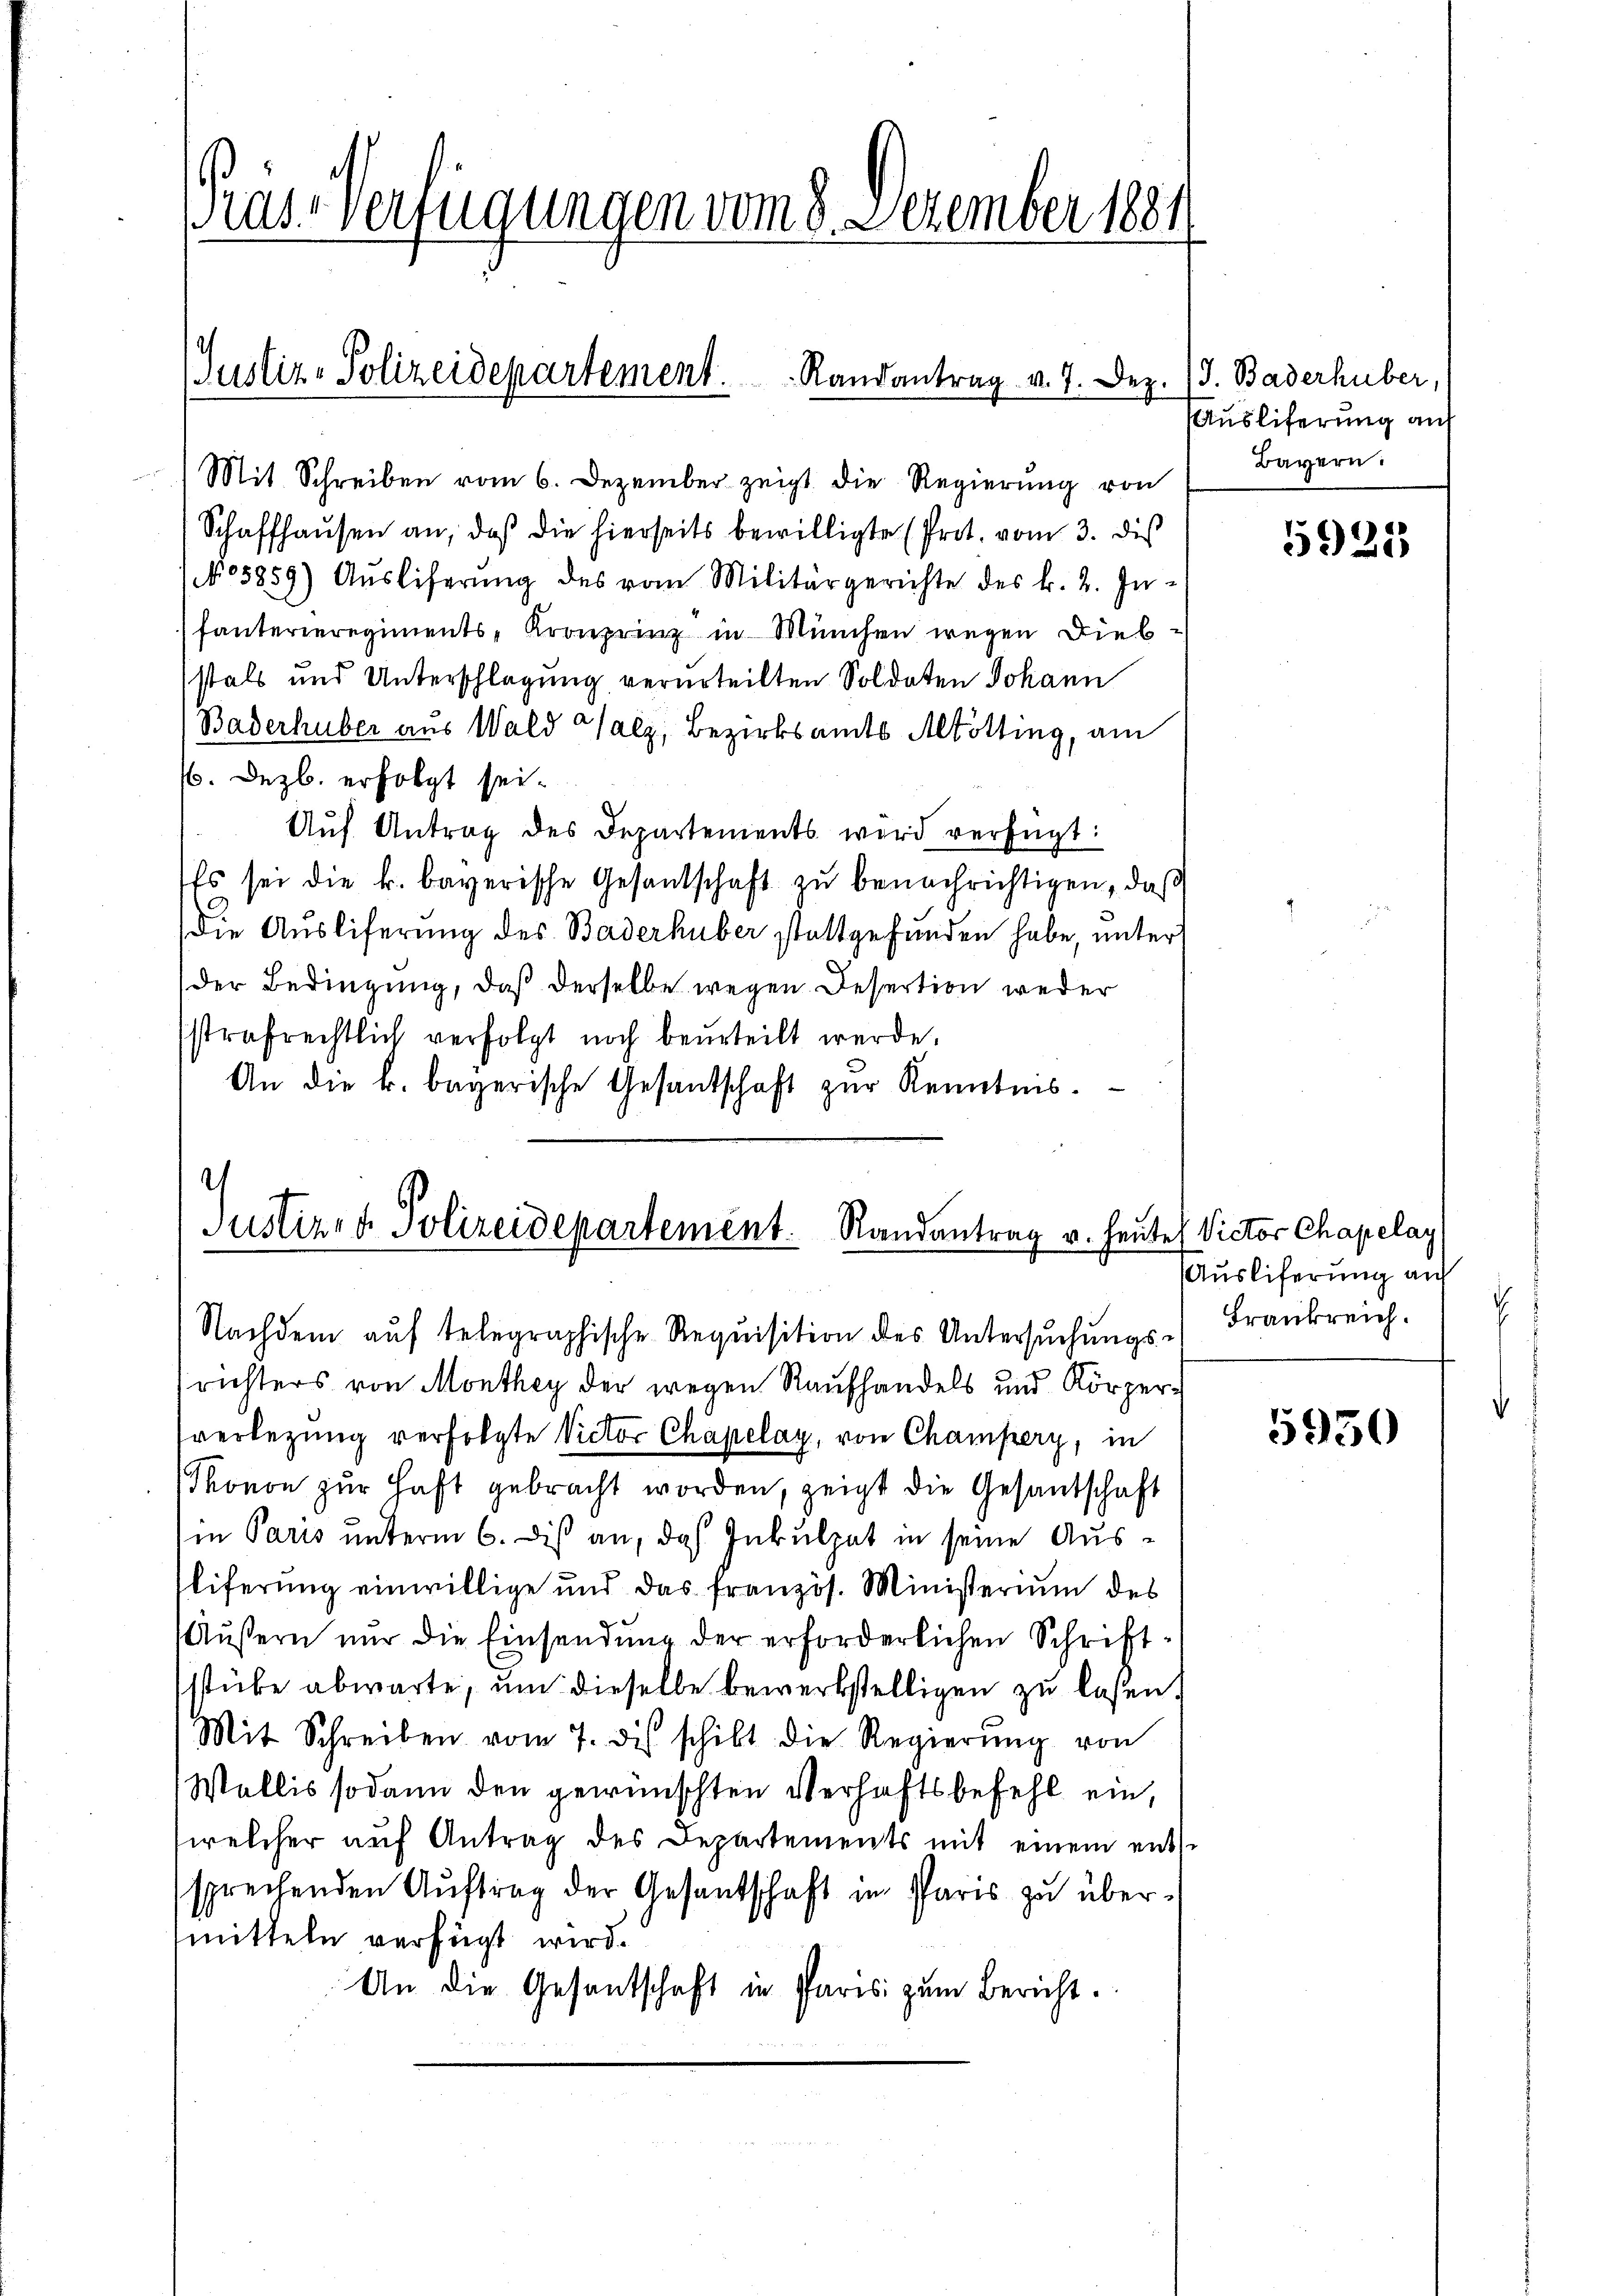
Pras-Verfügungen vom 8. Dezember 1884

(Justiz-Polizeidepartement. Randantrag v. 7. Dez.

Mit Schreiben vom 6. Dezember zeigt die Regierung von
Schaffhausen an, daß die hierseits bewilligte (Prot. vom 3. dis
N05859) Auslieferŭng des vom Militärgerichte des k. 2. In-
fanterieregiments-Kronprinz in München wegen Diebstalt und Unterschlagung verurteilten Soldaten Johann
Baderhuber aus Wald Salz, Bezirksamts Altötting, am
(6. Dezb. erfolgt sei.
Aŭf Antrag des Departements wird verfügt:
Es sei die k. bayerische Gesandschaft zu benachrichtigen, daß
die Ausliferung des Baderhüber stattgefunden habe, unter
der Bedingung, daß derselbe wegen Desertion weder
sstrafrechtlich verfolgt noch beurteilt werde.
An die k. bayerische Gesandschaft zur Kenntnis.

Justiz- & Polizeidepartement. Randantrag v. heut
Nachdem auf telegraphische Requisition des Untersuchungs-

richters von Monthey der wegen Raufhandels und Körperverlegung verfolgte Victor Chapelay, von Champery, in
Thonon zŭr Haft gebracht worden, zeigt die Gesandschaft
in Paris unterm 6. diß an, das Inkulpat in seine Ausliferung einwillige und das französ. Ministerium des
Äußern nur die Einsendung der erforderlichen Schriftstücke abwarte, um dieselbe bewerkstelligen zu lesen.
Mit Schreiben vom 7. des schilt die Regierŭng von
Wallis sodann den gewünschten Verhaftsbefehl ein,
welcher aŭf Antrag des Departements mit einem ents
sprechenden Auftrag der Gesandschaft in Paris zu übermitteln verfügt wird.
An die Gesantschaft in Paris zum Bericht.

J. Baderhüber,
Ausliferung auf
Bayern.

5925

es Victor Chapelay
uslieferung auf
Frankreich.

5930